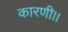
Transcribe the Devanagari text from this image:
कारणी।।